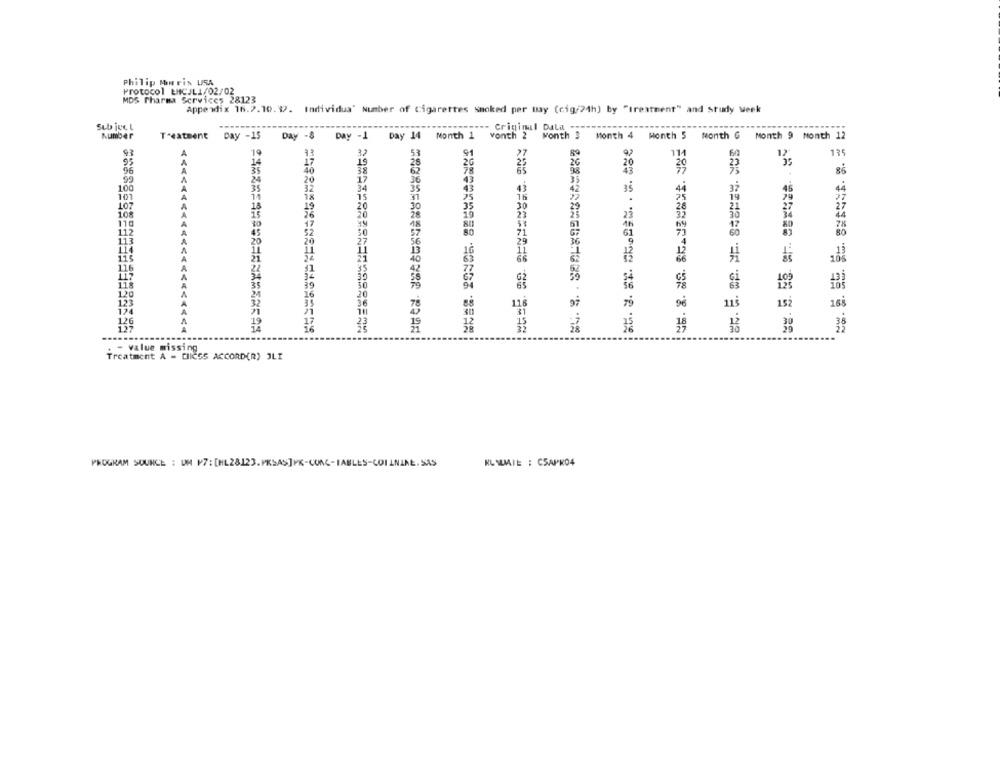
Philip Morris USA
Protocol ENCJLI/02/02
MDS Pharma Services 28123
Appendix 16.2.10. 9. Individua" Number of Cigarettes Smoked per may (cig/24h) by "treatment" and Study week
Sub ject
---- Criminal Dala
Number
Treatment Day -15 Day -8 Day -1 Day 14 Month 1 vonth 2 Month 3 Month 4 Month 5 month G Month 9 Month 12
19
13
32
53
91
27
89
92
114
95
19
25
96
40
38
86
20
17
100
34
35
101
1x
15
16
107
19
20
30
21
23
110
112
20
105
116
120
116
152
165
115
12
- value missing
Treatment A - CIICSS ACCORD(R) JLI
PROGRAM SOURCE : UM P7: [HL28123. PRSAS]PR-CONC-IABLES-COI ANIAE. SAS
KL WIE : CSAPK04